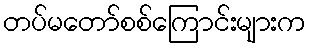
တပ်မတော်စစ်ကြောင်းများက